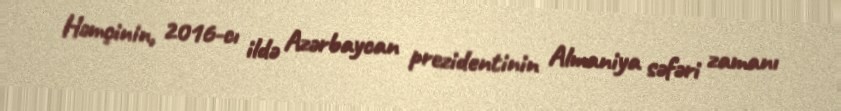
Həmçinin, 2016-cı ildə Azərbaycan prezidentinin Almaniya səfəri zamanı